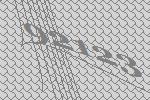
92123